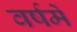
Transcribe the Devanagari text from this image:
वर्षमें